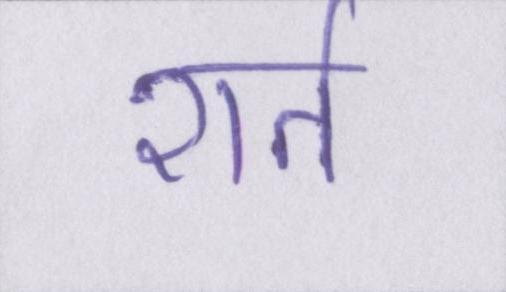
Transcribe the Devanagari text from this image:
शर्त